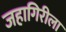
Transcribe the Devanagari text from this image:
जहागिरीला